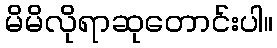
မိမိလိုရာဆုတောင်းပါ။